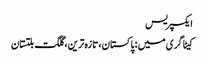
ایکسپریس
کیٹاگری میں : پاکستان، تازہ ترین، گلگت بلتستان